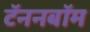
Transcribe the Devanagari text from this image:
टॅननबॉम